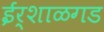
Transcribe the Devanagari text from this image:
ईर्शाळगड